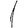
Digit: 1